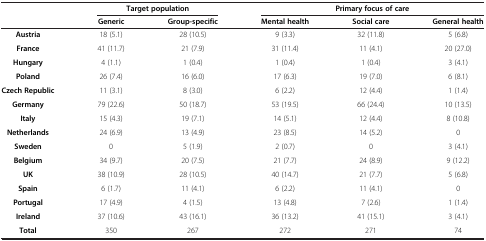
<table><thead><tr><td rowspan="2"><b> </b></td><td colspan="2"><b>Target population</b></td><td colspan="3"><b>Primary focus of care</b></td></tr><tr><td><b>Generic</b></td><td><b>Group-specific</b></td><td><b>Mental health</b></td><td><b>Social care</b></td><td><b>General health</b></td></tr></thead><tbody><tr><td><b>Austria</b></td><td>18 (5.1)</td><td>28 (10.5)</td><td>9 (3.3)</td><td>32 (11.8)</td><td>5 (6.8)</td></tr><tr><td><b>France</b></td><td>41 (11.7)</td><td>21 (7.9)</td><td>31 (11.4)</td><td>11 (4.1)</td><td>20 (27.0)</td></tr><tr><td><b>Hungary</b></td><td>4 (1.1)</td><td>1 (0.4)</td><td>1 (0.4)</td><td>1 (0.4)</td><td>3 (4.1)</td></tr><tr><td><b>Poland</b></td><td>26 (7.4)</td><td>16 (6.0)</td><td>17 (6.3)</td><td>19 (7.0)</td><td>6 (8.1)</td></tr><tr><td><b>Czech Republic</b></td><td>11 (3.1)</td><td>8 (3.0)</td><td>6 (2.2)</td><td>12 (4.4)</td><td>1 (1.4)</td></tr><tr><td><b>Germany</b></td><td>79 (22.6)</td><td>50 (18.7)</td><td>53 (19.5)</td><td>66 (24.4)</td><td>10 (13.5)</td></tr><tr><td><b>Italy</b></td><td>15 (4.3)</td><td>19 (7.1)</td><td>14 (5.1)</td><td>12 (4.4)</td><td>8 (10.8)</td></tr><tr><td><b>Netherlands</b></td><td>24 (6.9)</td><td>13 (4.9)</td><td>23 (8.5)</td><td>14 (5.2)</td><td>0</td></tr><tr><td><b>Sweden</b></td><td>0</td><td>5 (1.9)</td><td>2 (0.7)</td><td>0</td><td>3 (4.1)</td></tr><tr><td><b>Belgium</b></td><td>34 (9.7)</td><td>20 (7.5)</td><td>21 (7.7)</td><td>24 (8.9)</td><td>9 (12.2)</td></tr><tr><td><b>UK</b></td><td>38 (10.9)</td><td>28 (10.5)</td><td>40 (14.7)</td><td>21 (7.7)</td><td>5 (6.8)</td></tr><tr><td><b>Spain</b></td><td>6 (1.7)</td><td>11 (4.1)</td><td>6 (2.2)</td><td>11 (4.1)</td><td>0</td></tr><tr><td><b>Portugal</b></td><td>17 (4.9)</td><td>4 (1.5)</td><td>13 (4.8)</td><td>7 (2.6)</td><td>1 (1.4)</td></tr><tr><td><b>Ireland</b></td><td>37 (10.6)</td><td>43 (16.1)</td><td>36 (13.2)</td><td>41 (15.1)</td><td>3 (4.1)</td></tr><tr><td><b>Total</b></td><td>350</td><td>267</td><td>272</td><td>271</td><td>74</td></tr></tbody></table>